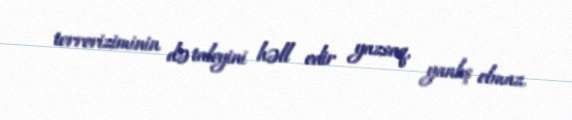
terroriziminin də taleyini həll edir yazsaq, yanlış olmaz.